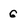
Character: 6